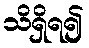
သိရှိရ၍